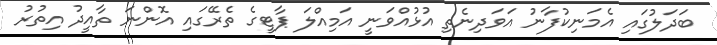
ބަދަލުގައި އެމަނިކުފާނު އަވަދިނެތި އުޅުއްވަނީ އަމިއްލަ ޕާޓީގެ ތެރޭގައި އޮންނަ ތާއީދު އިތުރު